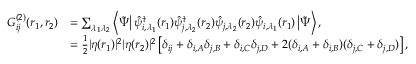
\begin{array} { r l } { G _ { i j } ^ { ( 2 ) } ( \boldsymbol { r } _ { 1 } , \boldsymbol { r } _ { 2 } ) } & { = \sum _ { \lambda _ { 1 } \lambda _ { 2 } } \left\langle \tilde { \Psi } \right| \hat { \psi } _ { i , \lambda _ { 1 } } ^ { \dagger } ( \boldsymbol { r } _ { 1 } ) \hat { \psi } _ { j , \lambda _ { 2 } } ^ { \dagger } ( \boldsymbol { r } _ { 2 } ) \hat { \psi } _ { j , \lambda _ { 2 } } ( \boldsymbol { r } _ { 2 } ) \hat { \psi } _ { i , \lambda _ { 1 } } ( \boldsymbol { r } _ { 1 } ) \left| \tilde { \Psi } \right\rangle , } \\ & { = \frac { 1 } { 2 } | \eta ( \boldsymbol { r } _ { 1 } ) | ^ { 2 } | \eta ( \boldsymbol { r } _ { 2 } ) | ^ { 2 } \left[ \delta _ { i j } + \delta _ { i , A } \delta _ { j , B } + \delta _ { i , C } \delta _ { j , D } + 2 ( \delta _ { i , A } + \delta _ { i , B } ) ( \delta _ { j , C } + \delta _ { j , D } ) \right] , } \end{array}